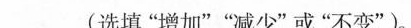
___(选填”增加””减少”或”不变”)。